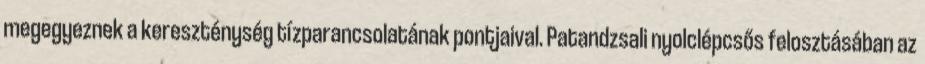
megegyeznek a kereszténység tízparancsolatának pontjaival. Patandzsali nyolclépcsős felosztásában az